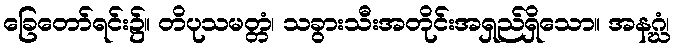
ခြေတော်ရင်း၌။ တိပုသမတ္တံ၊ သခွားသီးအတိုင်းအရှည်ရှိသော။ အနဂ္ဃံ၊